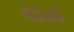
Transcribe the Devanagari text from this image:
केईआई